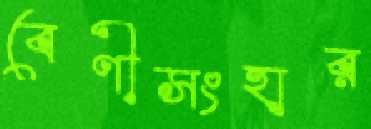
বেণীসংহার